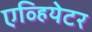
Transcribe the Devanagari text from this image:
एव्हियेटर